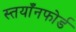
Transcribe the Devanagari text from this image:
स्तयाँनफोर्ड